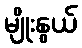
မျိုးနွယ်